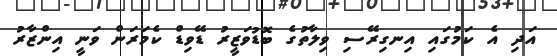
އަދި އެ ކަމުގައި އިނގިރޭސި ވިލާތުގެ ބޮޑުވަޒީރު ޑޭވިޑް ކެމަރަން ވަނީ އިންޒާރު